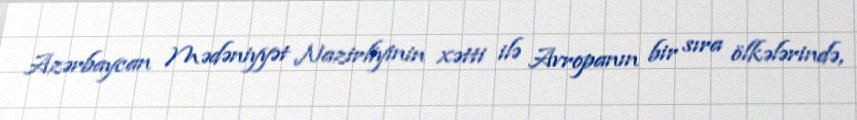
Azərbaycan Mədəniyyət Nazirliyinin xətti ilə Avropanın bir sıra ölkələrində,